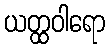
ယတ္ထဝါရော